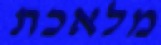
מלאכת